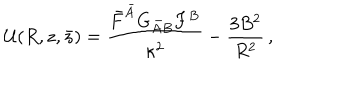
LaTeX: { \cal U } ( R , z , \bar { z } ) = \frac { \bar { F } ^ { \bar { A } } G _ { \bar { A } B } F ^ { B } } { \kappa ^ { 2 } } - \frac { 3 B ^ { 2 } } { R ^ { 2 } } \, ,